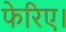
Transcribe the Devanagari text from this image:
फेरिए।